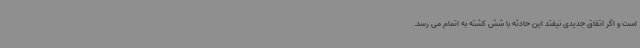
است و اگر اتفاق جدیدی نیفتد این حادثه با شش کشته به اتمام می رسد.